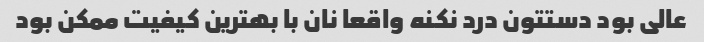
عالی بود دستتون درد نکنه واقعا نان با بهترین کیفیت ممکن بود